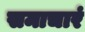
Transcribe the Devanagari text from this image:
समाचारं